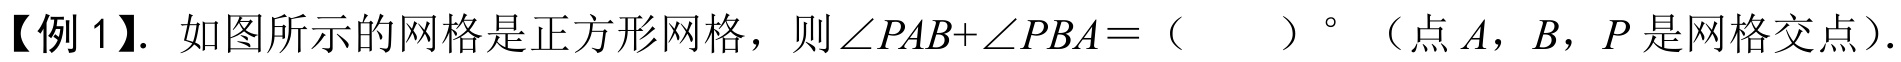
【例1】. 如图所示的网格是正方形网格，则\(\angle PAB + \angle PBA=\)（  ）\(^{\circ}\)（点\(A\)，\(B\)，\(P\)是网格交点）.